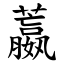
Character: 䕦